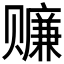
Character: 𰷬